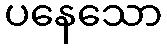
ပနေသော